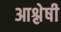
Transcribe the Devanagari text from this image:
आश्लेषी